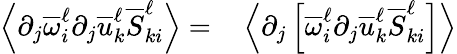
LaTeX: \begin{array}{rl}{\left\langle\partial_{j}\overline{{\omega}}_{i}^{\ell}\partial_{j}\overline{{u}}_{k}^{\ell}\overline{{S}}_{ki}^{\ell}\right\rangle=}&{{}\left\langle\partial_{j}\left[\overline{{\omega}}_{i}^{\ell}\partial_{j}\overline{{u}}_{k}^{\ell}\overline{{S}}_{ki}^{\ell}\right]\right\rangle}\end{array}